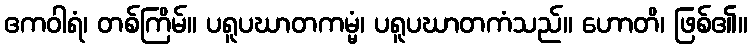
ဧကဝါရံ၊ တစ်ကြိမ်။ ပရူပဃာတကမ္မံ၊ ပရူပဃာတကံသည်။ ဟောတိ၊ ဖြစ်၏။